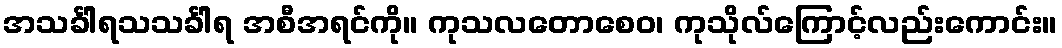
အသင်္ခါရသသင်္ခါရ အစီအရင်ကို။ ကုသလတောစေဝ၊ ကုသိုလ်ကြောင့်လည်းကောင်း။